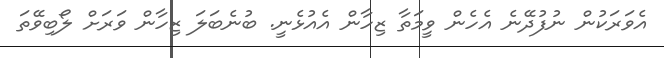
އެވަރަކުން ނުފުދޭނެ އެހެން ވީމަތާ ޒިހާން އެއުޅެނީ. ބުނެބަލަ ޒިހާން ވަރަށް ލޯބިވޭތަ